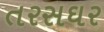
તરસઘર